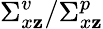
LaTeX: \Sigma_{x\mathbf{z}}^{v}/\Sigma_{x\mathbf{z}}^{p}